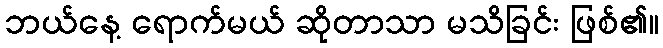
ဘယ်နေ့ ရောက်မယ် ဆိုတာသာ မသိခြင်း ဖြစ်၏။